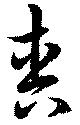
爽